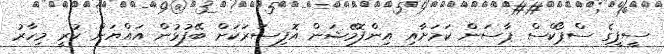
ސީޕީގެ ސްޕޯކްސް ޕާސަން ކަމަށާއި އިންފޮމޭޝަން އޮފިސަރަކަށް ބޭފުޅުން އައްޔަން ކުރީ މިހާރު